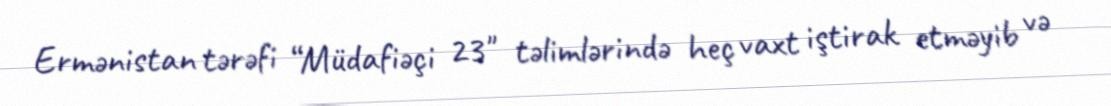
Ermənistan tərəfi “Müdafiəçi 23" təlimlərində heç vaxt iştirak etməyib və